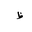
Letter: _za